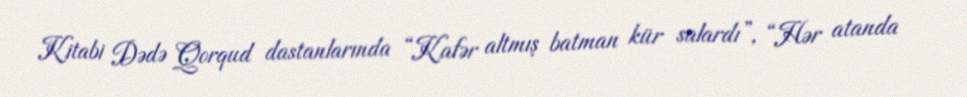
Kitabi Dədə Qorqud dastanlarında “Kafər altmış batman kür salardı”, “Hər atanda